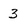
Character: 3